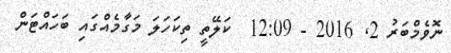
ނޮވެމްބަރު 2